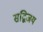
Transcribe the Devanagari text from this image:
सद्विजय